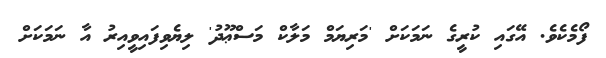
ފޯމެކެވެ. އޭގައި ކުރީގެ ނަމަކަށް 'މަރިޔަމް މަލާކް މަސްޢޫދު' ލިޔެވިފައިވީއިރު އާ ނަމަކަށް